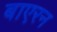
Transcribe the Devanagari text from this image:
बाएरन